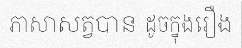
ភាសាសត្វបាន ដូចក្នុងរឿង